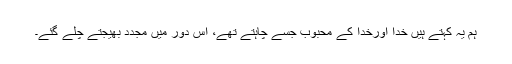
ہم یہ کہتے ہیں خدا اورخدا کے محبوب جسے چاہتے تھے، اُس دور میں مجدد بھیجتے چلے گئے۔